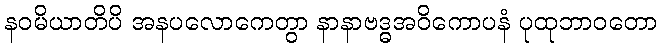
နဝမိယာတိပိ အနပလောကေတွာ နာနာဗဒ္ဓအဝိကောပနံ ပုထုဘာဝတော